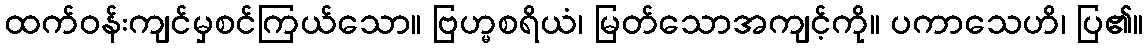
ထက်ဝန်းကျင်မှစင်ကြယ်သော။ ဗြဟ္မစရိယံ၊ မြတ်သောအကျင့်ကို။ ပကာသေဟိ၊ ပြ၏။